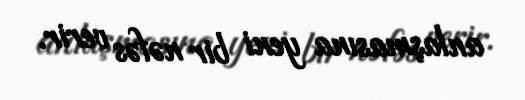
anlaşmasına yeni bir nəfəs verir.